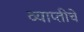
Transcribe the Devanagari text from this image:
व्याप्तीचे